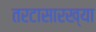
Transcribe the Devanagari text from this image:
तरटासारख्या